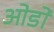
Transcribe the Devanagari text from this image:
ओडों